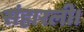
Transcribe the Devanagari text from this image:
संहारली।